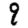
Digit: 9